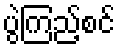
ပွဲကြည့်စင်